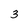
Character: 3